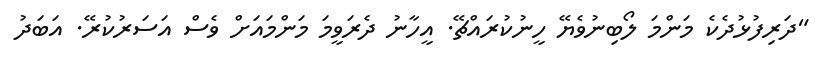
"ދަރިފުޅުދެކެ މަންމަ ލޯބިނުވެޔޭ ހީނުކުރައްޗޭ. އީހާނު ދެރަވީމަ މަންމައަށް ވެސް އަސަރުކުރޭ. އަބަދު